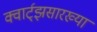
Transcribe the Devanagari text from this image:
क्वार्ट्‌झसारख्या